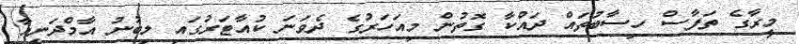
މީރާގެ ތަފާސް ހިސާބުތައް ދައްކާ ގޮތުން މިއަހަރުގެ ދެވަނަ ކުއާޓަރުގައި ލިބުނު އާމްދަނީއާ